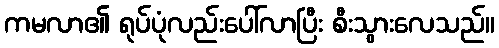
ကမလာ၏ ရုပ်ပုံလည်းပေါ်လာပြီး စီးသွားလေသည်။